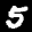
Label: 5